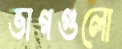
ভাগগুলো